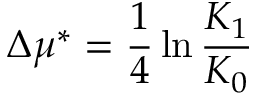
\Delta \mu ^ { * } = \frac { 1 } { 4 } \ln \frac { K _ { 1 } } { K _ { 0 } }